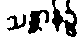
သန္တာန်၌